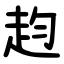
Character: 赹